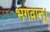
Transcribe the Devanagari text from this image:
भगवान्‌।